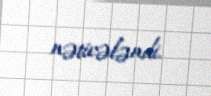
nəticələndi.